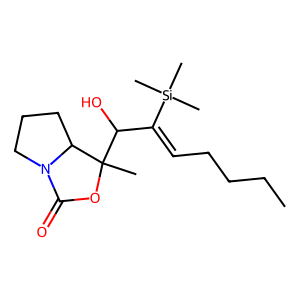
SMILES: CCCCC=C(C(O)C1(C)OC(=O)N2CCCC21)[Si](C)(C)C
Inhibits HIV replication: No